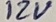
Text: 12V